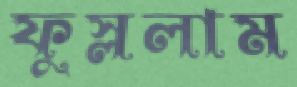
ফুস্‌ললাম